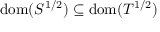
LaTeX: \operatorname { d o m } ( S ^ { 1 / 2 } ) \subseteq \operatorname { d o m } ( T ^ { 1 / 2 } )